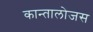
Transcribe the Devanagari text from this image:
कान्तालोजस